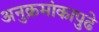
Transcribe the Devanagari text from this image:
अनुक्रमांकापुढे